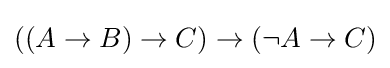
((A\to B)\to C)\to (\neg A\to C)